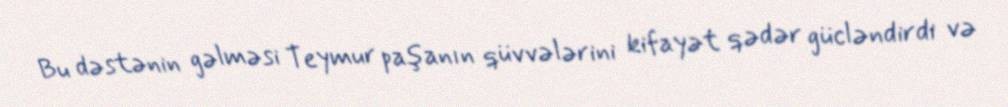
Bu dəstənin gəlməsi Teymur paşanın qüvvələrini kifayət qədər gücləndirdi və